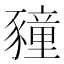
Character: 䝑